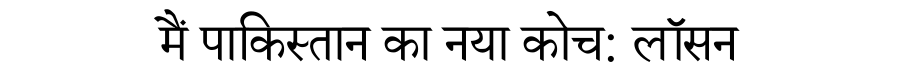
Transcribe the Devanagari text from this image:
मैं पाकिस्तान का नया कोच: लॉसन